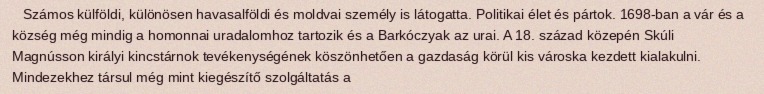
Számos külföldi, különösen havasalföldi és moldvai személy is látogatta. Politikai élet és pártok. 1698-ban a vár és a község még mindig a homonnai uradalomhoz tartozik és a Barkóczyak az urai. A 18. század közepén Skúli Magnússon királyi kincstárnok tevékenységének köszönhetően a gazdaság körül kis városka kezdett kialakulni. Mindezekhez társul még mint kiegészítő szolgáltatás a